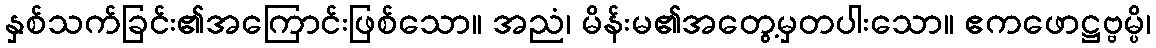
နှစ်သက်ခြင်း၏အကြောင်းဖြစ်သော။ အညံ၊ မိန်းမ၏အတွေ့မှတပါးသော။ ဧကဖောဋ္ဌဗ္ဗမ္ပိ၊